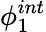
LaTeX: \phi_{1}^{int}